Indian journal of veterinary science and animal husbandry - Volume 6,
Year: 1936
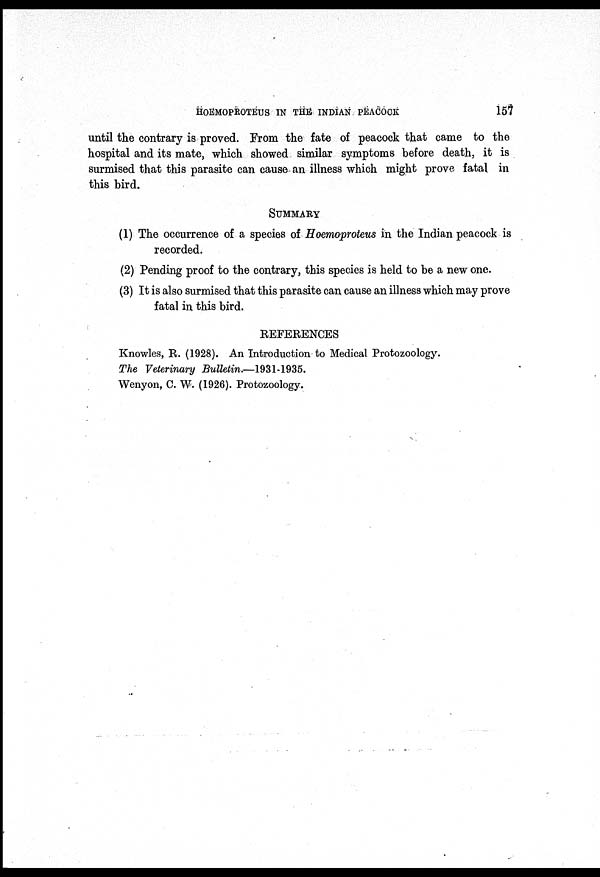
HOEMOPROTEUS IN THE INDIAN PEACOCK
157
until the contrary is proved. From the fate of peacock that came to the
hospital and its mate, which showed similar symptoms before death, it is
surmised that this parasite can cause an illness which might prove fatal in
this bird.
SUMMARY
(1) The occurrence of a species of Hoemoproteus in the Indian peacock is
recorded.
(2) Pending proof to the contrary, this species is held to be a new one.
(3) It is also surmised that this parasite can cause an illness which may prove
fatal in this bird.
REFERENCES
Knowles, R. (1928). An Introduction to Medical Protozoology.
The Veterinary Bulletin.—1931-1935.
Wenyon, C. W. (1926). Protozoology.